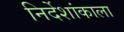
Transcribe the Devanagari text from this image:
निर्देशांकाला